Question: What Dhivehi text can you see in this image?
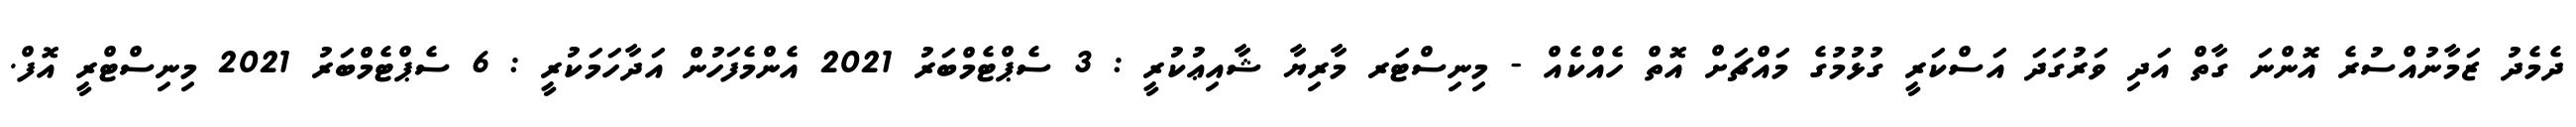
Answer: ދެމެދު ޒަމާނުއްސުރެ އޮންނަ ގާތް އަދި ވަރުގަދަ އަސްކަރީ ގުޅުމުގެ މައްޗަށް އޮތް ހެއްކެއް - މިނިސްޓަރ މާރިޔާ ޝާއިޢުކުރީ : 3 ސެޕްޓެމްބަރު 2021 އެންމެފަހުން އަދާހަމަކުރީ : 6 ސެޕްޓެމްބަރު 2021 މިނިސްޓްރީ އޮފް.